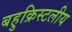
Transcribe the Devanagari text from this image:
बहुक्रिस्टलीय